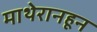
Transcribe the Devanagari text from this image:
माथेरानहून